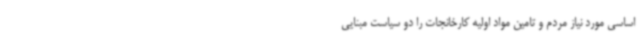
اساسی مورد نیاز مردم و تامین مواد اولیه کارخانجات را دو سیاست مبنایی